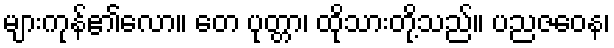
များကုန်၏လော။ တေ ပုတ္တာ၊ ထိုသားတို့သည်။ ပညဇဝေန၊